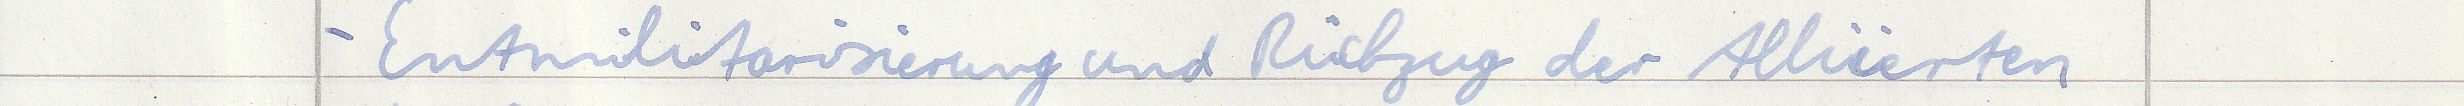
- Entmilitarisierung und Rückzug der Alliierten